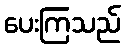
ပေးကြသည်